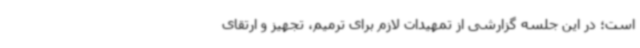
است؛ در این جلسه گزارشی از تمهیدات لازم برای ترمیم، تجهیز و ارتقای